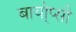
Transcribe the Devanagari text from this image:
बायो्प्सी